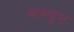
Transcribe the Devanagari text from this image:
वामयुप्ट